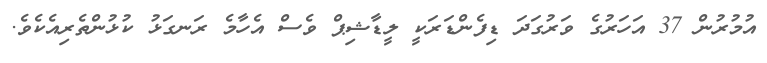
އުމުރުން 37 އަހަރުގެ ވަރުގަދަ ޑިފެންޑަރަކީ ލީޑާޝިޕް ވެސް އެހާމެ ރަނގަޅު ކުޅުންތެރިއެކެވެ.